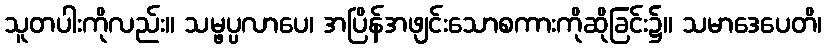
သူတပါးကိုလည်း။ သမ္ဖပ္ပလာပေ၊ အပြိန်အဖျင်းသောစကားကိုဆိုခြင်း၌။ သမာဒေပေတိ၊